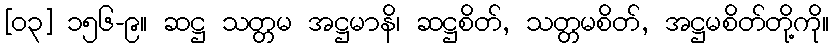
[၀၃] ၁၅၆-၉။ ဆဋ္ဌ သတ္တမ အဋ္ဌမာနိ၊ ဆဋ္ဌစိတ်, သတ္တမစိတ်, အဋ္ဌမစိတ်တို့ကို။